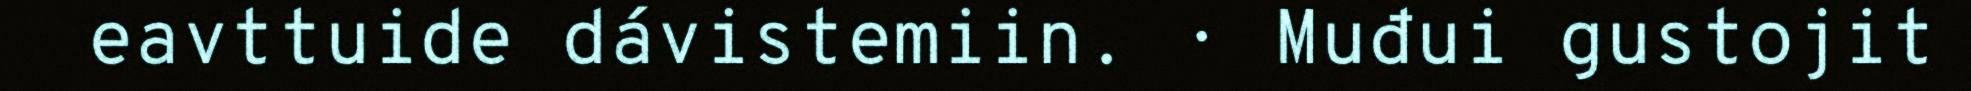
eavttuide dávistemiin. · Muđui gustojit